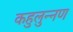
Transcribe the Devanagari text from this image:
कहुलुन्नण